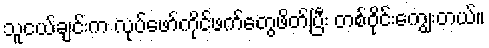
သူငယ်ချင်းက လုပ်ဖော်ကိုင်ဖက်တွေဖိတ်ပြီး တစ်ဝိုင်းကျွေးတယ်။